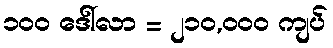
၁၀၀ ဒေါ်လာ = ၂၁၀,၀၀၀ ကျပ်